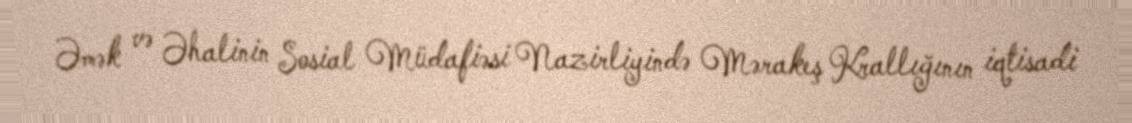
Əmək və Əhalinin Sosial Müdafiəsi Nazirliyində Mərakeş Krallığının iqtisadi